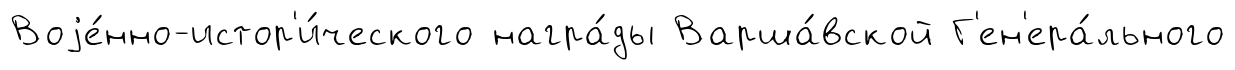
Воjе́нно-истор'и́ческого награ́ды Варша́вской Г'ен'ера́льного